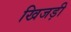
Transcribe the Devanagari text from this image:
खिजड़ी